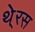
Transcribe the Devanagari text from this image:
थे्रस